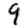
Digit: 9